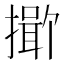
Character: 𪮯